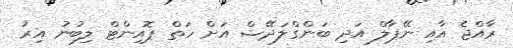
ރާއްޖެ އާއި ނޭޕާލް އަދި ބަންގްލަދޭޝް އަށް ހަތް ޕޮއިންޓް ލިބުނު އިރު